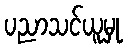
ပညာသင်ယူမှု